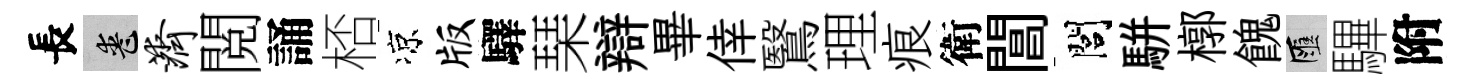
長喪济閲誦桮凉版驛琹辯畢倖鷖理痕衛閶閭駢槨餽匯驆附